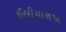
ઈલીયારાજા